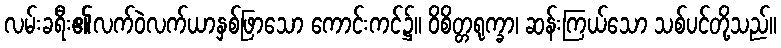
လမ်းခရီး၏လက်ဝဲလက်ယာနှစ်ဖြာသော ကောင်းကင်၌။ ဝိစိတ္တရုက္ခာ၊ ဆန်းကြယ်သော သစ်ပင်တို့သည်။